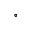
^ \circ